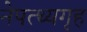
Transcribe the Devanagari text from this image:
नेपत्थ्यगृह